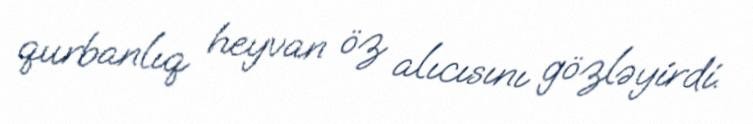
qurbanlıq heyvan öz alıcısını gözləyirdi.